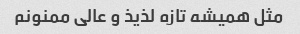
مثل همیشه تازه لذیذ و عالی ممنونم